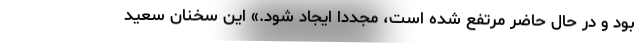
بود و در حال حاضر مرتفع شده است، مجددا ایجاد شود.» این سخنان سعید